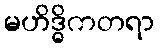
မဟိဒ္ဓိကတရာ